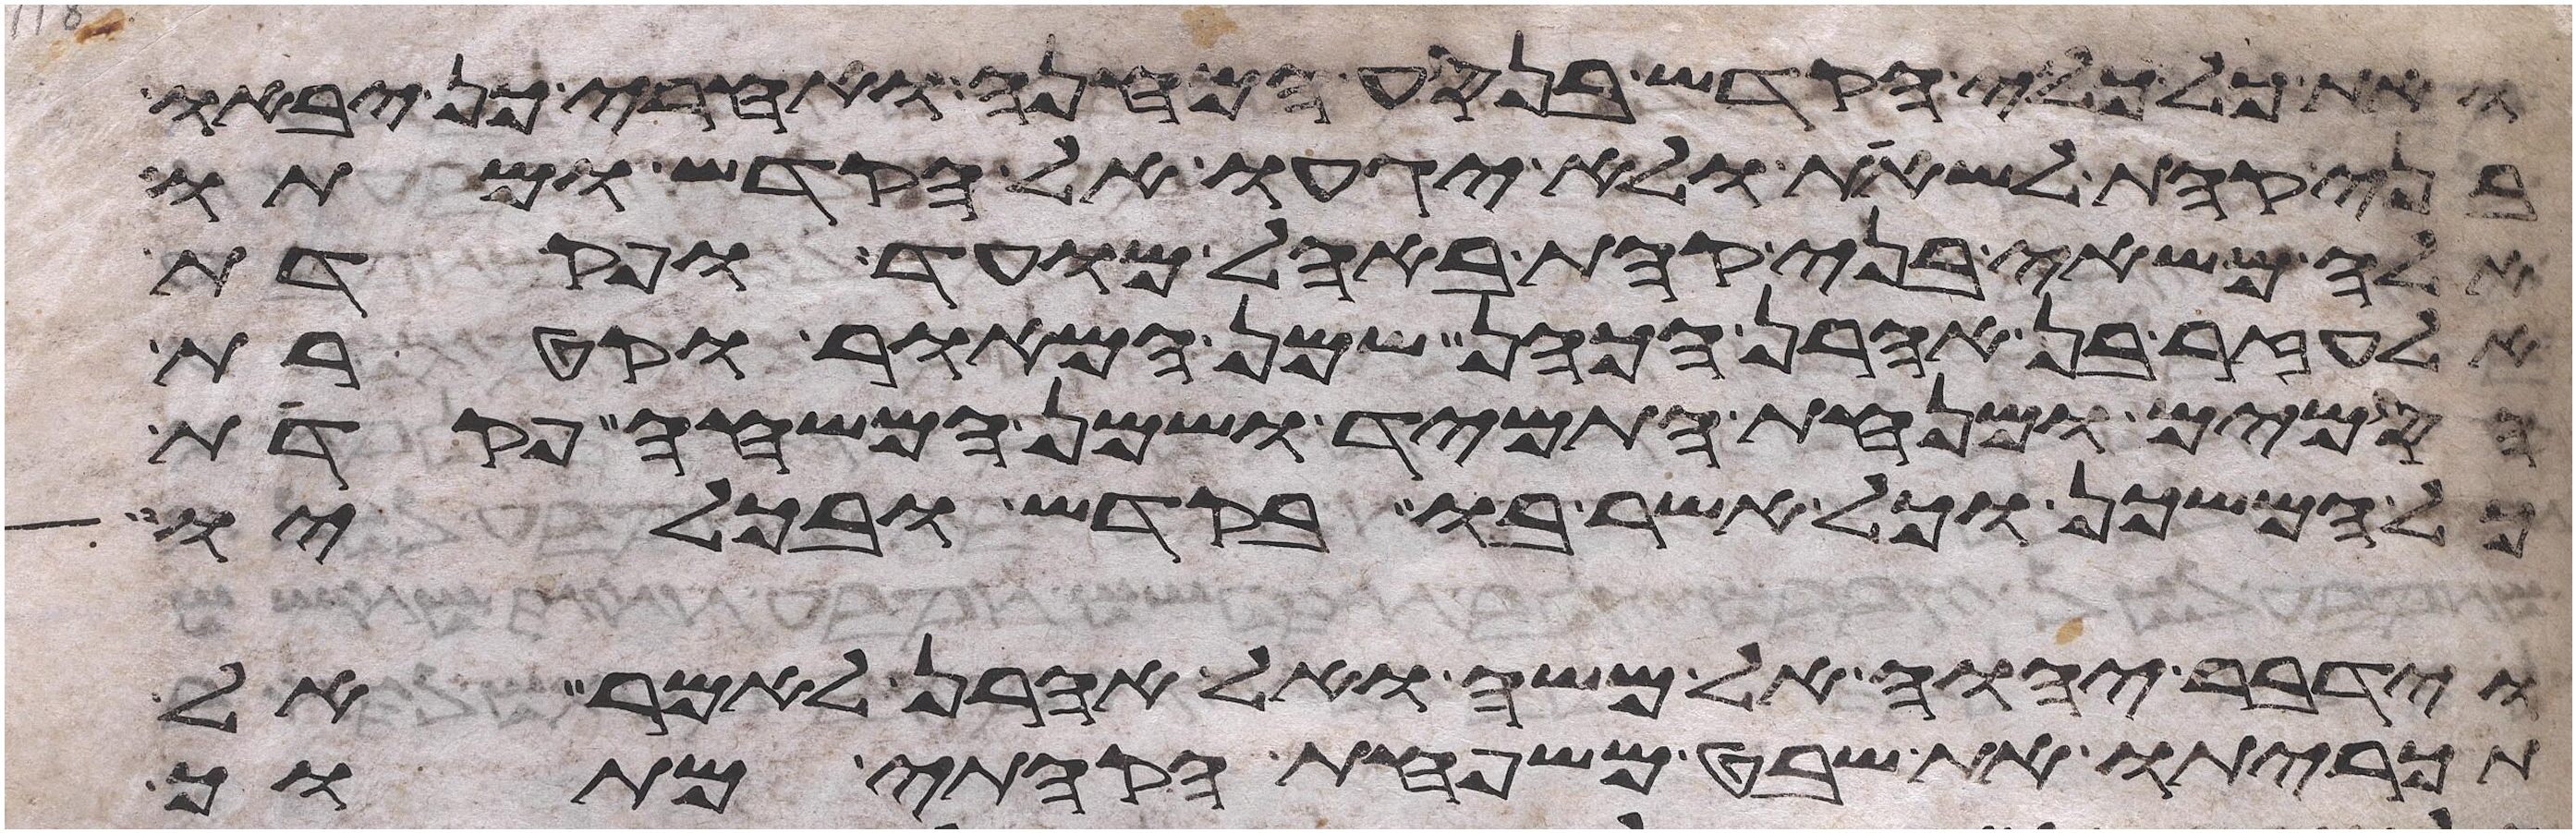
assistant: ואת כל כלי הקדש בנסע המחנה ואחרי כן יבאו
בני קהת לשאת ולא יגעו אל הקדש ומתו
אלה משאי בני קהת באהל מועד ופקדת
אלעזר בן אהרן הכהן שמן המאור וקטרת
הסמים ומנחת התמיד ושמן המשחה פקדת
כל המשכן וכל אשר בו בקדש ובכליו
וידבר יהוה אל משה ואל אהרן לאמר אל
תכריתו את שבט משפחת הקהתי מתוך